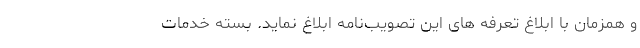
و همزمان با ابلاغ تعرفه های این تصویب‌نامه ابلاغ نماید. بسته خدمات